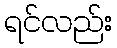
ရင်လည်း